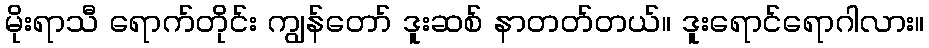
မိုးရာသီ ရောက်တိုင်း ကျွန်တော် ဒူးဆစ် နာတတ်တယ်။ ဒူးရောင်ရောဂါလား။